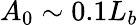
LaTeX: A_{0}\sim 0.1L_{b}